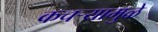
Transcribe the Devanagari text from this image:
कचर्‍यामुळे